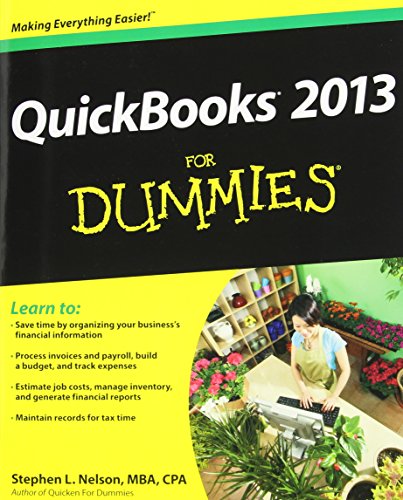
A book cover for QuickBooks 2013 For Dummies; Stephen L. Nelson; Computers & Technology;